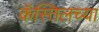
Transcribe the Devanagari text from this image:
कॅस्तिलच्या